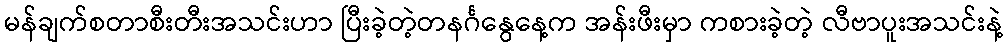
မန်ချက်စတာစီးတီးအသင်းဟာ ပြီးခဲ့တဲ့တနင်္ဂနွေနေ့က အန်းဖီးမှာ ကစားခဲ့တဲ့ လီဗာပူးအသင်းနဲ့